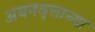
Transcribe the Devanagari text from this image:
अयनवृत्ताच्या